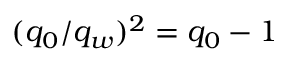
( q _ { 0 } / q _ { w } ) ^ { 2 } = q _ { 0 } - 1